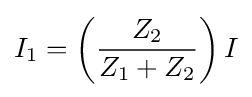
I_{1}=\left({\frac {Z_{2}}{Z_{1}+Z_{2}}}\right)I